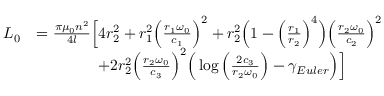
\begin{array} { r l } { L _ { 0 } } & { = \frac { \pi \mu _ { 0 } n ^ { 2 } } { 4 l } \Big [ 4 r _ { 2 } ^ { 2 } + r _ { 1 } ^ { 2 } \Big ( \frac { r _ { 1 } \omega _ { 0 } } { c _ { 1 } } \Big ) ^ { 2 } + r _ { 2 } ^ { 2 } \Big ( 1 - \Big ( \frac { r _ { 1 } } { r _ { 2 } } \Big ) ^ { 4 } \Big ) \Big ( \frac { r _ { 2 } \omega _ { 0 } } { c _ { 2 } } \Big ) ^ { 2 } } \\ & { \qquad \qquad + 2 r _ { 2 } ^ { 2 } \Big ( \frac { r _ { 2 } \omega _ { 0 } } { c _ { 3 } } \Big ) ^ { 2 } \Big ( \log \Big ( \frac { 2 c _ { 3 } } { r _ { 2 } \omega _ { 0 } } \Big ) - \gamma _ { E u l e r } \Big ) \Big ] } \end{array}